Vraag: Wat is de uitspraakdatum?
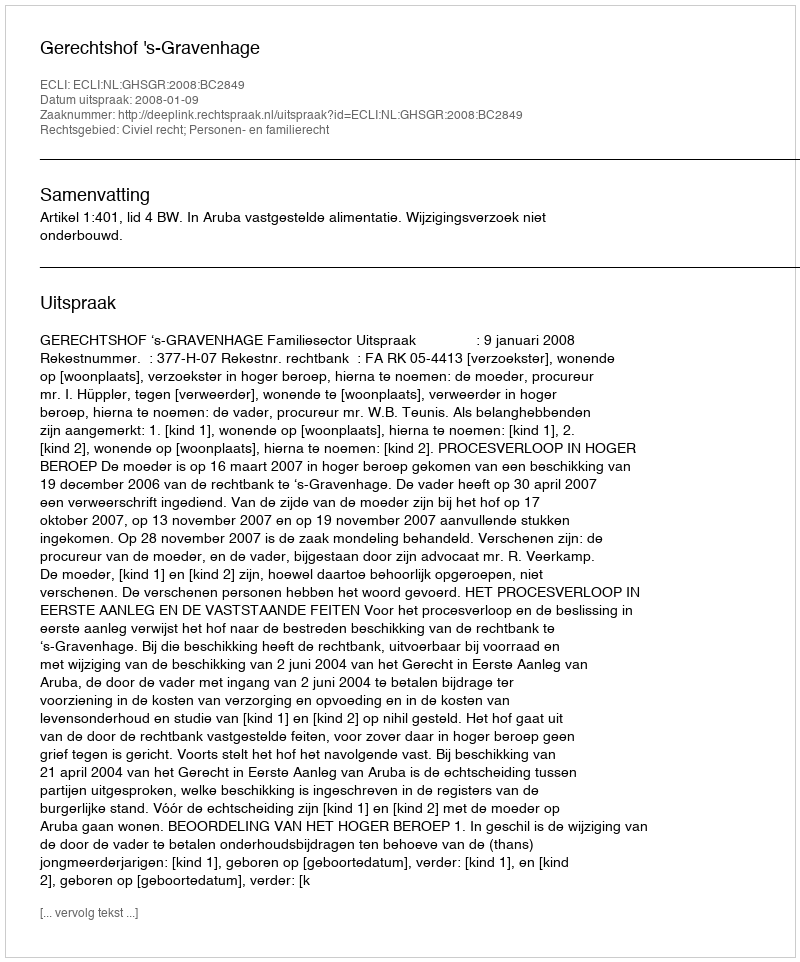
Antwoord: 2008-01-09